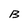
Character: B